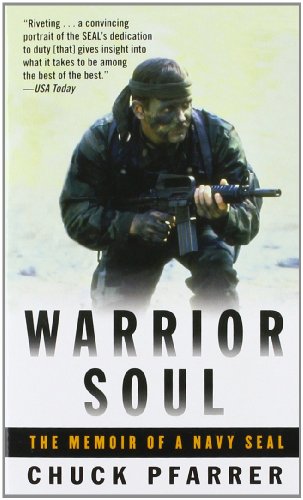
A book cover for Warrior Soul: The Memoir of a Navy Seal; Chuck Pfarrer; History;